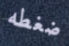
ضغطه